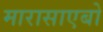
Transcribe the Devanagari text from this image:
मारासाएबो